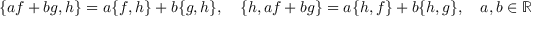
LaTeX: \{ a f + b g , h \} = a \{ f , h \} + b \{ g , h \} , \quad \{ h , a f + b g \} = a \{ h , f \} + b \{ h , g \} , \quad a , b \in \mathbb { R }